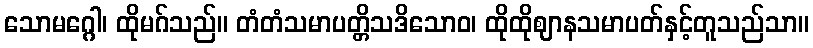
သောမဂ္ဂေါ၊ ထိုမဂ်သည်။ တံတံသမာပတ္တိသဒိသောဝ၊ ထိုထိုဈာနသမာပတ်နှင့်တူသည်သာ။